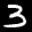
Label: 3